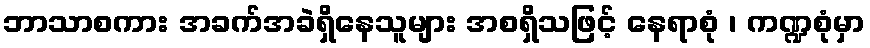
ဘာသာစကား အခက်အခဲရှိနေသူများ အစရှိသဖြင့် နေရာစုံ ၊ ကဏ္ဍစုံမှာ